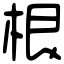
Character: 根